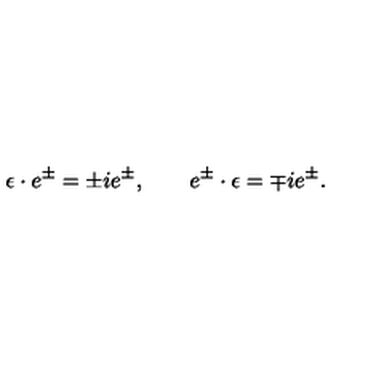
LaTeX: \epsilon \cdot e ^ { \pm } = \pm i e ^ { \pm } , \qquad e ^ { \pm } \cdot \epsilon = \mp i e ^ { \pm } .